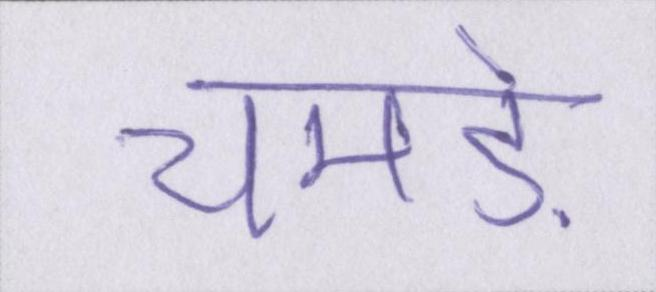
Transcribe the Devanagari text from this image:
चमड़े